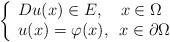
LaTeX: \begin{align*}\left\{\begin{array}{ll} Du(x) \in E, \,\,\,\,\,\,x \in \Omega\\u(x)=\varphi(x),\,\,\,x\in \partial \Omega\\\end{array}\right.\end{align*}